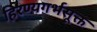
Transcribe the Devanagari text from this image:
हिरण्यगर्भसूक्त